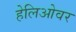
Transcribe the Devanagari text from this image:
हेलिओवर